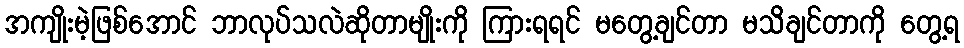
အကျိုးမဲ့ဖြစ်အောင် ဘာလုပ်သလဲဆိုတာမျိုးကို ကြားရရင် မတွေ့ချင်တာ မသိချင်တာကို တွေ့ရ